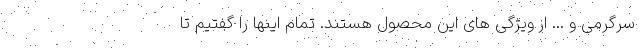
سرگرمی و ... از ویژگی های این محصول هستند. تمام اینها را گفتیم تا